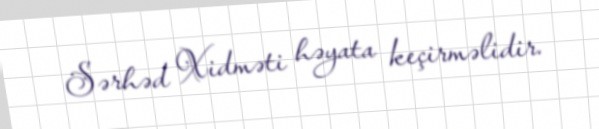
Sərhəd Xidməti həyata keçirməlidir.